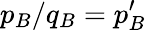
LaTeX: p_{B}/q_{B}=p_{B}^{\prime}